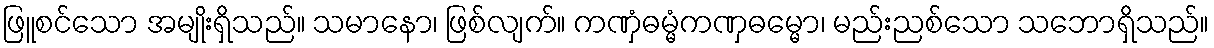
ဖြူစင်သော အမျိုးရှိသည်။ သမာနော၊ ဖြစ်လျက်။ ကဏှံဓမ္မံကဏှဓမ္မော၊ မည်းညစ်သော သဘောရှိသည်။